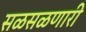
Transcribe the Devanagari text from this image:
सळसळणारी